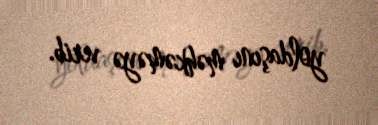
yoldaşını məhkəməyə verib.